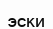
эски